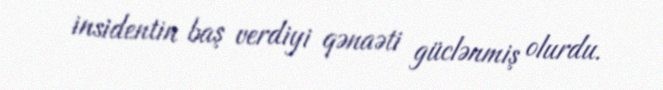
insidentin baş verdiyi qənaəti güclənmiş olurdu.